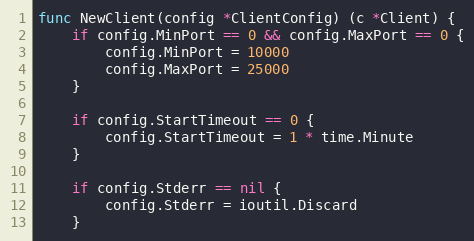
Language: Go
func NewClient(config *ClientConfig) (c *Client) {
	if config.MinPort == 0 && config.MaxPort == 0 {
		config.MinPort = 10000
		config.MaxPort = 25000
	}

	if config.StartTimeout == 0 {
		config.StartTimeout = 1 * time.Minute
	}

	if config.Stderr == nil {
		config.Stderr = ioutil.Discard
	}